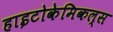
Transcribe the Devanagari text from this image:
हाइटोकेमिकल्स